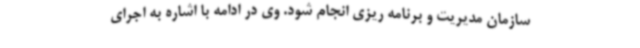
سازمان مدیریت و برنامه ریزی انجام شود. وی در ادامه با اشاره به اجرای